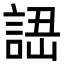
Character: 䛝